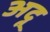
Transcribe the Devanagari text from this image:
अदू